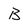
Character: B